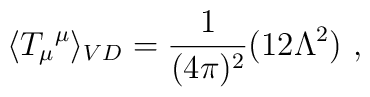
\langle {T_{\mu}}^{\mu}\rangle_{VD}=\frac{1}{(4\pi)^{2}}(12\Lambda^{2})\ ,